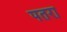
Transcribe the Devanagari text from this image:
पतरा